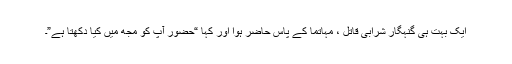
ایک بہت ہی گنہگار شرابی قاتل ، مہاتما کے پاس حاضر ہوا اور کہا “حضور آپ کو مجھ میں کیا دِکھتا ہے”۔